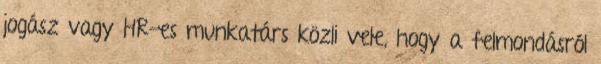
jogász vagy HR-es munkatárs közli vele, hogy a felmondásról